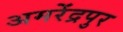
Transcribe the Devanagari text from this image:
अमरेंद्रपुर